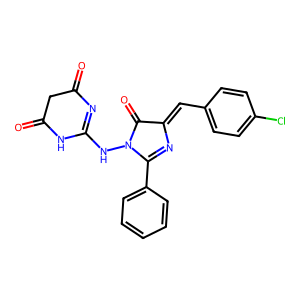
SMILES: O=C1CC(=O)NC(NN2C(=O)C(=Cc3ccc(Cl)cc3)N=C2c2ccccc2)=N1
Inhibits HIV replication: No